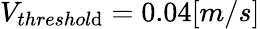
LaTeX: V_{threshol\mathrm{d}}=0.04[m/s]